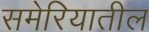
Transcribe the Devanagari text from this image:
समेरियातील